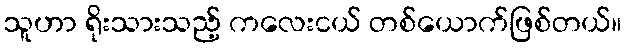
သူဟာ ရိုးသားသည့် ကလေးငယ် တစ်ယောက်ဖြစ်တယ်။